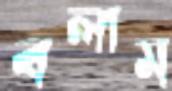
বলাম